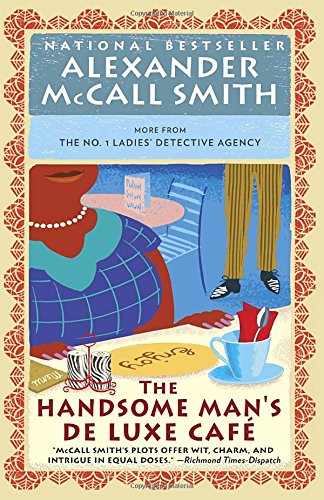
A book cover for The Handsome Man's De Luxe CafÃ© (No. 1 Ladies' Detective Agency Series); Alexander McCall Smith; Mystery, Thriller & Suspense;